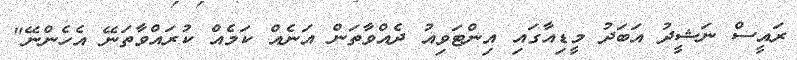
ރައީސް ނަޝީދު އަބަދު މީޑިއާގައި އިންޓަވިއު ދެއްވާތަން އަނެއް ކަމެއް ކުރައްވާތަނޭ އެހެންނޭ"